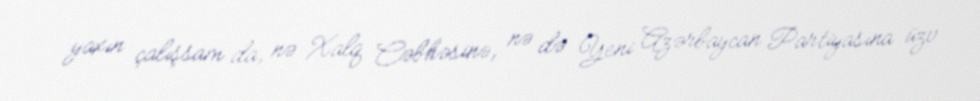
yaxın çalışsam da, nə Xalq Cəbhəsinə, nə də Yeni Azərbaycan Partiyasına üzv